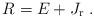
LaTeX: \begin{align*} R=E+J_{\rm r}\; .\end{align*}